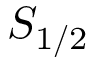
S _ { 1 / 2 }